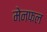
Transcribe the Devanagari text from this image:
मेनफल